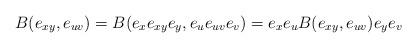
LaTeX: \begin{align*}B(e_{xy},e_{uv})&=B(e_xe_{xy}e_y,e_ue_{uv}e_v)=e_xe_uB(e_{xy},e_{uv})e_ye_v\end{align*}